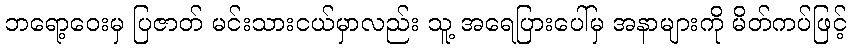
ဘရော့ဝေးမှ ပြဇာတ် မင်းသားငယ်မှာလည်း သူ့ အရေပြားပေါ်မှ အနာများကို မိတ်ကပ်ဖြင့်